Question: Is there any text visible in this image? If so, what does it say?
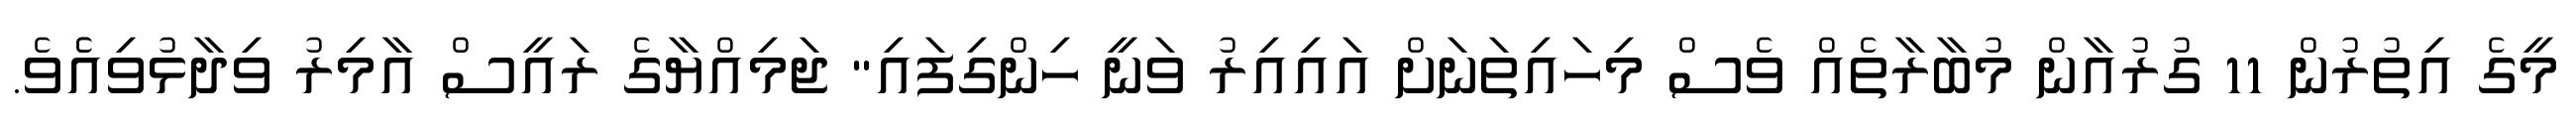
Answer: މީގެ އިތުރުން 11 ގުރުއާން މުބާރާތެއް ވެސް މިހައިތަނަށް އައިއިރު ވަނީ ހިންގިފައި" ޖަމިއްޔާގެ ރައީސް އާމިރު ވިދާޅުވިއެެވެ.